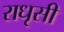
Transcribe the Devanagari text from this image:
राधृसी